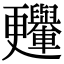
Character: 𣍛